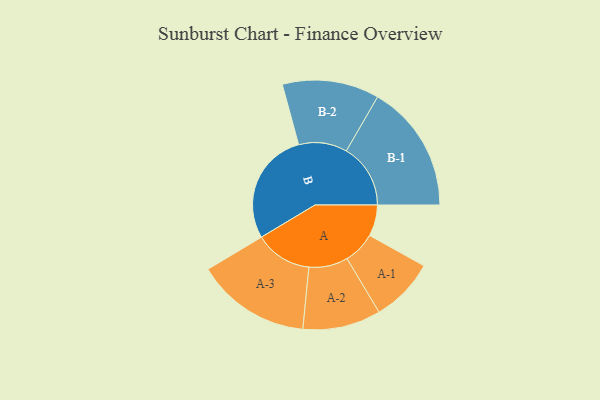
{"axis": {"x": "Segment", "y": "Value"}, "legend": ["", "A", "B"], "data": [{"x": "A", "y": 103, "type": ""}, {"x": "B", "y": 374, "type": ""}, {"x": "A-1", "y": 106, "type": "A"}, {"x": "A-2", "y": 129, "type": "A"}, {"x": "A-3", "y": 189, "type": "A"}, {"x": "B-1", "y": 212, "type": "B"}, {"x": "B-2", "y": 160, "type": "B"}]}